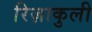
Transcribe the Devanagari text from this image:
रिज़ाकुली